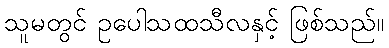
သူမတွင် ဥပေါသထသီလနှင့် ဖြစ်သည်။